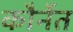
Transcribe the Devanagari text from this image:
कौर्नेत